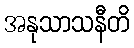
အနုသာသနီတိ